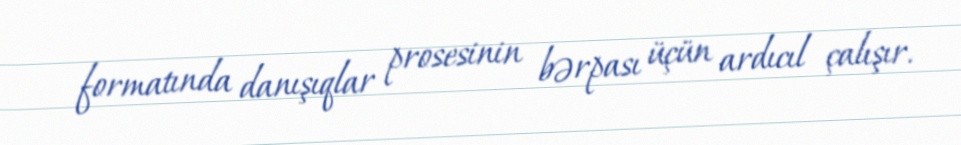
formatında danışıqlar prosesinin bərpası üçün ardıcıl çalışır.